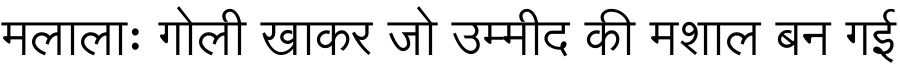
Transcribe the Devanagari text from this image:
मलालाः गोली खाकर जो उम्मीद की मशाल बन गई